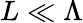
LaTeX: L\ll\Lambda